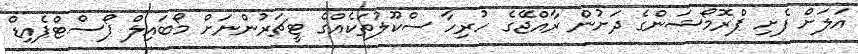
އަލަށް ފެށި ޕްރޮމޯޝަންގެ ދަށުން ރާއްޖޭގެ ހުރިހާ ސްކޫލުތަކެއްގެ ޓީޗަރުންނަށް މޯބައިލް ޕޯސްޓްޕެއިޑް